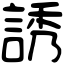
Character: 誘